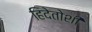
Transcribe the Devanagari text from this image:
हिदेतोशी